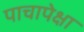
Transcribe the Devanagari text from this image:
पाचापेक्षा